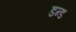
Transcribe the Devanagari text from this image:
डन्ड